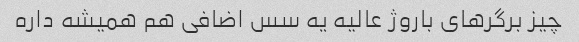
چیز برگرهای باروژ عالیه یه سس اضافی هم همیشه داره